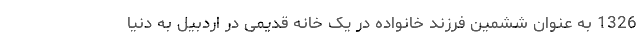
1326 به عنوان ششمین فرزند خانواده در یک خانه قدیمی در اردبیل به دنیا